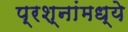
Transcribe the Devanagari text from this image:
प्रश्नांमध्ये